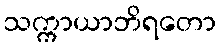
သက္ကာယာဘိရတော